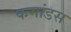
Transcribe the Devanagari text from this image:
कमांडस